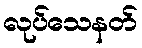
လုပ်သေနတ်